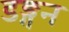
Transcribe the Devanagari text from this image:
डङ्गन